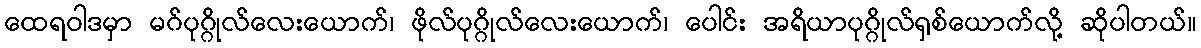
ထေရဝါဒမှာ မဂ်ပုဂ္ဂိုလ်လေးယောက်၊ ဖိုလ်ပုဂ္ဂိုလ်လေးယောက်၊ ပေါင်း အရိယာပုဂ္ဂိုလ်ရှစ်ယောက်လို့ ဆိုပါတယ်။